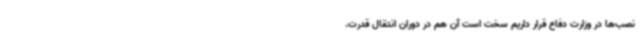
نصب‌ها در وزارت دفاع قرار داریم سخت است آن هم در دوران انتقال قدرت.